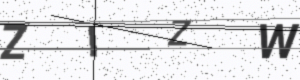
Text: ZIZW